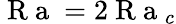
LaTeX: \mathrm{~R~a~}=2\mathrm{~R~a~}_{c}